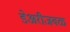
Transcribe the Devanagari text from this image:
डेअरीजवळ